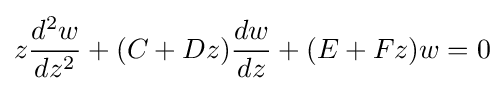
z{\frac {d^{2}w}{dz^{2}}}+(C+Dz){\frac {dw}{dz}}+(E+Fz)w=0